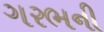
ગરભની